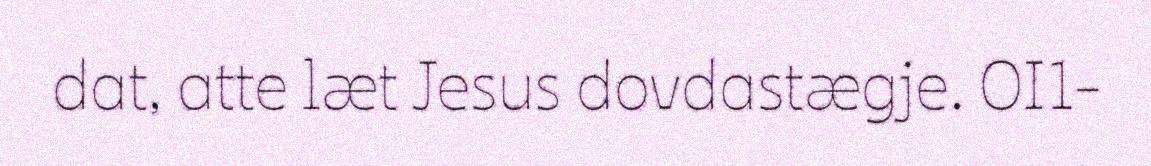
dat, atte læt Jesus dovdastægje. OI1-